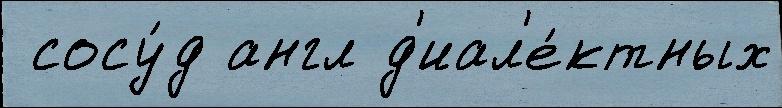
 сосу́д англ д'иал'е́ктных